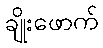
ချိုးဖောက်